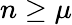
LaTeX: n\geq\mu